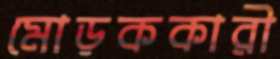
মোড়ককারী